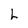
Character: L